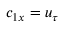
c _ { 1 x } = u _ { \tau }